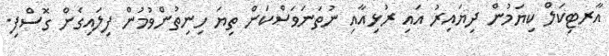
އާރޓިކަލް ކިޔަމުން ދިޔައިރު އައި ރުޅިއާއި ނުތަނަވަސްކަން ތިޔަ ހިނިތުންވުމުން ފިލައިގެން ގޮސްފި.